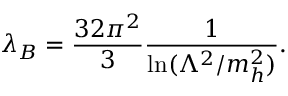
\lambda _ { B } = { \frac { 3 2 \pi ^ { 2 } } { 3 } } { \frac { 1 } { \ln ( \Lambda ^ { 2 } / m _ { h } ^ { 2 } ) } } .